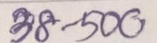
38 - 500